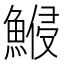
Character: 𱆷